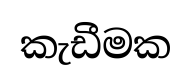
කැඩීමක